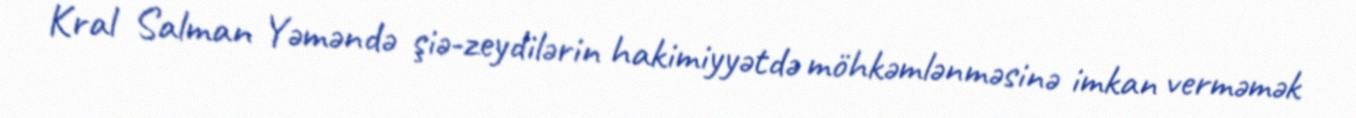
Kral Salman Yəməndə şiə-zeydilərin hakimiyyətdə möhkəmlənməsinə imkan verməmək